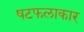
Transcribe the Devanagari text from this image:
षटफलाकार